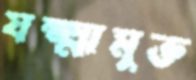
যক্ষ্মামুক্ত